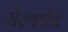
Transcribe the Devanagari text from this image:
मेरुशोथ